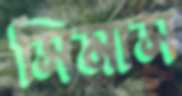
সিমাস